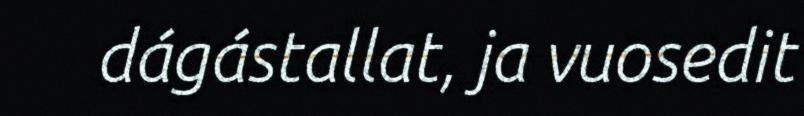
dágástallat, ja vuosedit